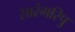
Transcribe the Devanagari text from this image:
सारंगरिपु